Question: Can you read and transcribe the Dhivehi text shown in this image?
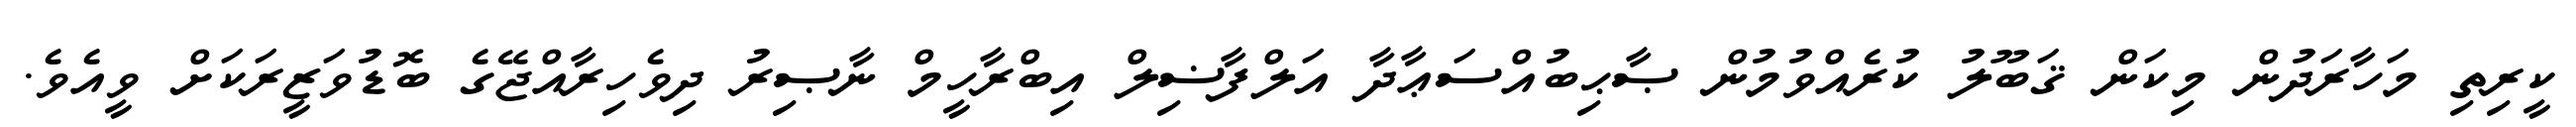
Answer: ކީރިތި މަހާރަދުން މިކަން ޤަބޫލު ކުރެއްވުމުން ޞާޙިބުއްސަޢާދާ އަލްފާޟިލް އިބްރާހީމް ނާޞިރު ދިވެހިރާއްޖޭގެ ބޮޑުވަޒީރަކަށް ވީއެވެ.